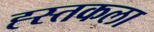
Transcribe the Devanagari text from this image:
ह्स्तकला